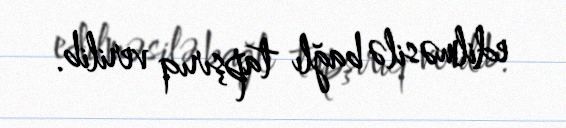
edilməsilə bağlı tapşırıq verilib.